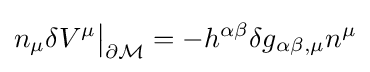
n_{\mu }\delta V^{\mu }{\big |}_{\partial {\mathcal {M}}}=-h^{\alpha \beta }\delta g_{\alpha \beta ,\mu }n^{\mu }